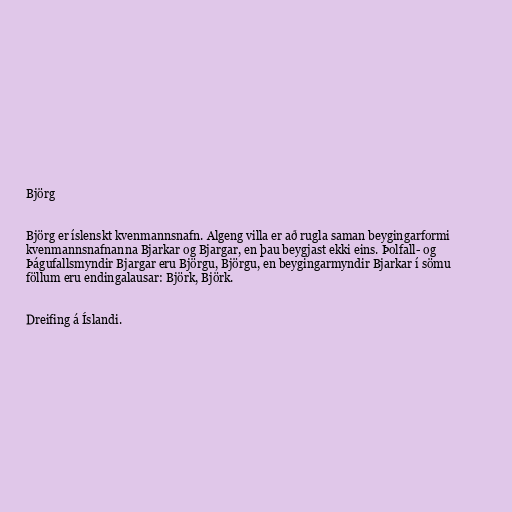
Björg

Björg er íslenskt kvenmannsnafn. Algeng villa er að rugla saman beygingarformi
kvenmannsnafnanna Bjarkar og Bjargar, en þau beygjast ekki eins. Þolfall- og
Þágufallsmyndir Bjargar eru Björgu, Björgu, en beygingarmyndir Bjarkar í sömu
föllum eru endingalausar: Björk, Björk.

Dreifing á Íslandi.